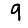
Digit: 9